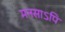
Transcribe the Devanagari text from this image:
मनसाऽपि